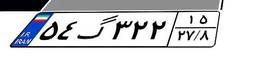
۵۴گ۳۲۲۱۵